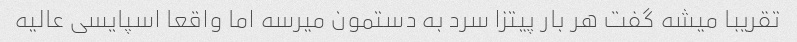
تقریبا میشه گفت هر بار پیتزا سرد به دستمون میرسه اما واقعا اسپایسی عالیه